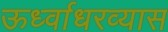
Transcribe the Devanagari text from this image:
ऊर्ध्वाधरव्यास